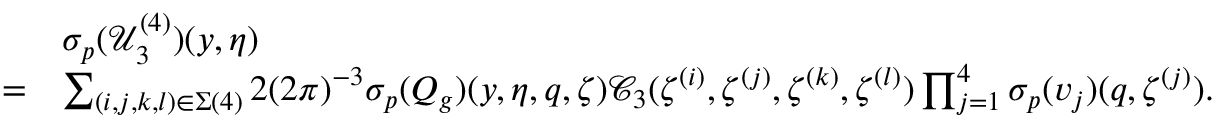
\begin{array} { r l } & { { { \sigma _ { p } } } ( \mathcal { U } _ { 3 } ^ { ( 4 ) } ) ( y , \eta ) } \\ { = } & { \sum _ { ( i , j , k , l ) \in \Sigma ( 4 ) } 2 ( 2 \pi ) ^ { - 3 } { { \sigma _ { p } } } ( Q _ { g } ) ( y , \eta , q , \zeta ) \mathcal { C } _ { 3 } ( \zeta ^ { ( i ) } , \zeta ^ { ( j ) } , \zeta ^ { ( k ) } , \zeta ^ { ( l ) } ) \prod _ { j = 1 } ^ { 4 } { { \sigma _ { p } } } ( v _ { j } ) ( q , \zeta ^ { ( j ) } ) . } \end{array}